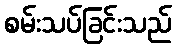
စမ်းသပ်ခြင်းသည်